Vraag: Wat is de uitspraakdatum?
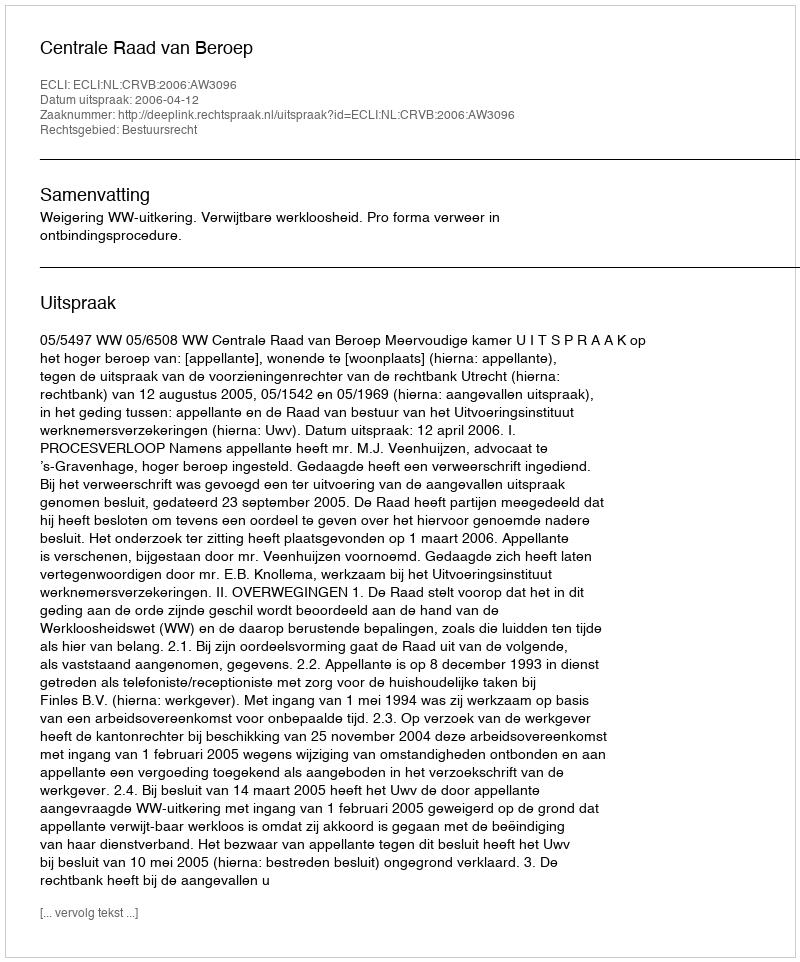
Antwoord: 2006-04-12